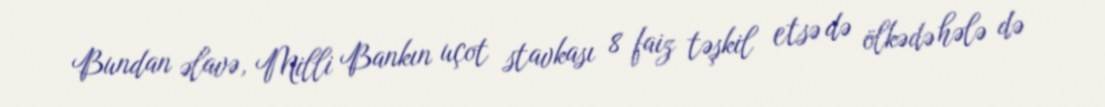
Bundan əlavə, Milli Bankın uçot stavkası 8 faiz təşkil etsə də ölkədə hələ də